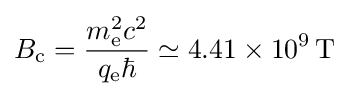
B_{\text{c}}={\frac {m_{\text{e}}^{2}c^{2}}{q_{\text{e}}\hbar }}\simeq 4.41\times 10^{9}\,\mathrm {T}